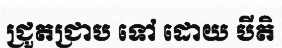
ជ្រួតជ្រាប ទៅ ដោយ បីតិ